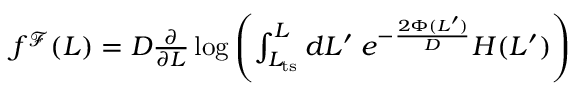
\begin{array} { r } { f ^ { \mathcal { F } } ( L ) = D \frac { \partial } { \partial L } \log \left( \int _ { L _ { \mathrm { t s } } } ^ { L } d L ^ { \prime } \; e ^ { - \frac { 2 \Phi ( L ^ { \prime } ) } { D } } H ( L ^ { \prime } ) \right) } \end{array}